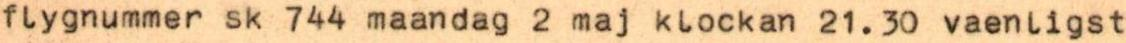
flygnummer sk 744 maandag 2 maj klockan 21.30 vaenligst